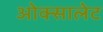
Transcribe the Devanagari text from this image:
ओक्सालेट